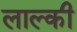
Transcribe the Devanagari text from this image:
लाल्की